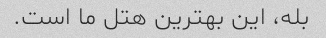
بله، این بهترین هتل ما است.